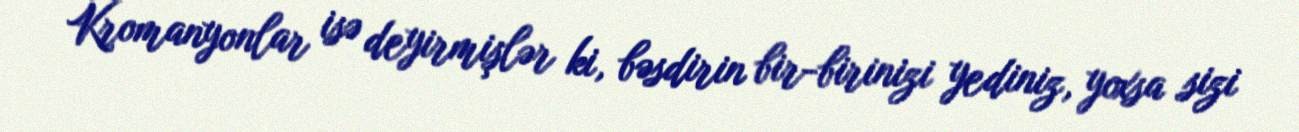
Kromanyonlar isə deyirmişlər ki, bəsdirin bir-birinizi yediniz, yoxsa sizi